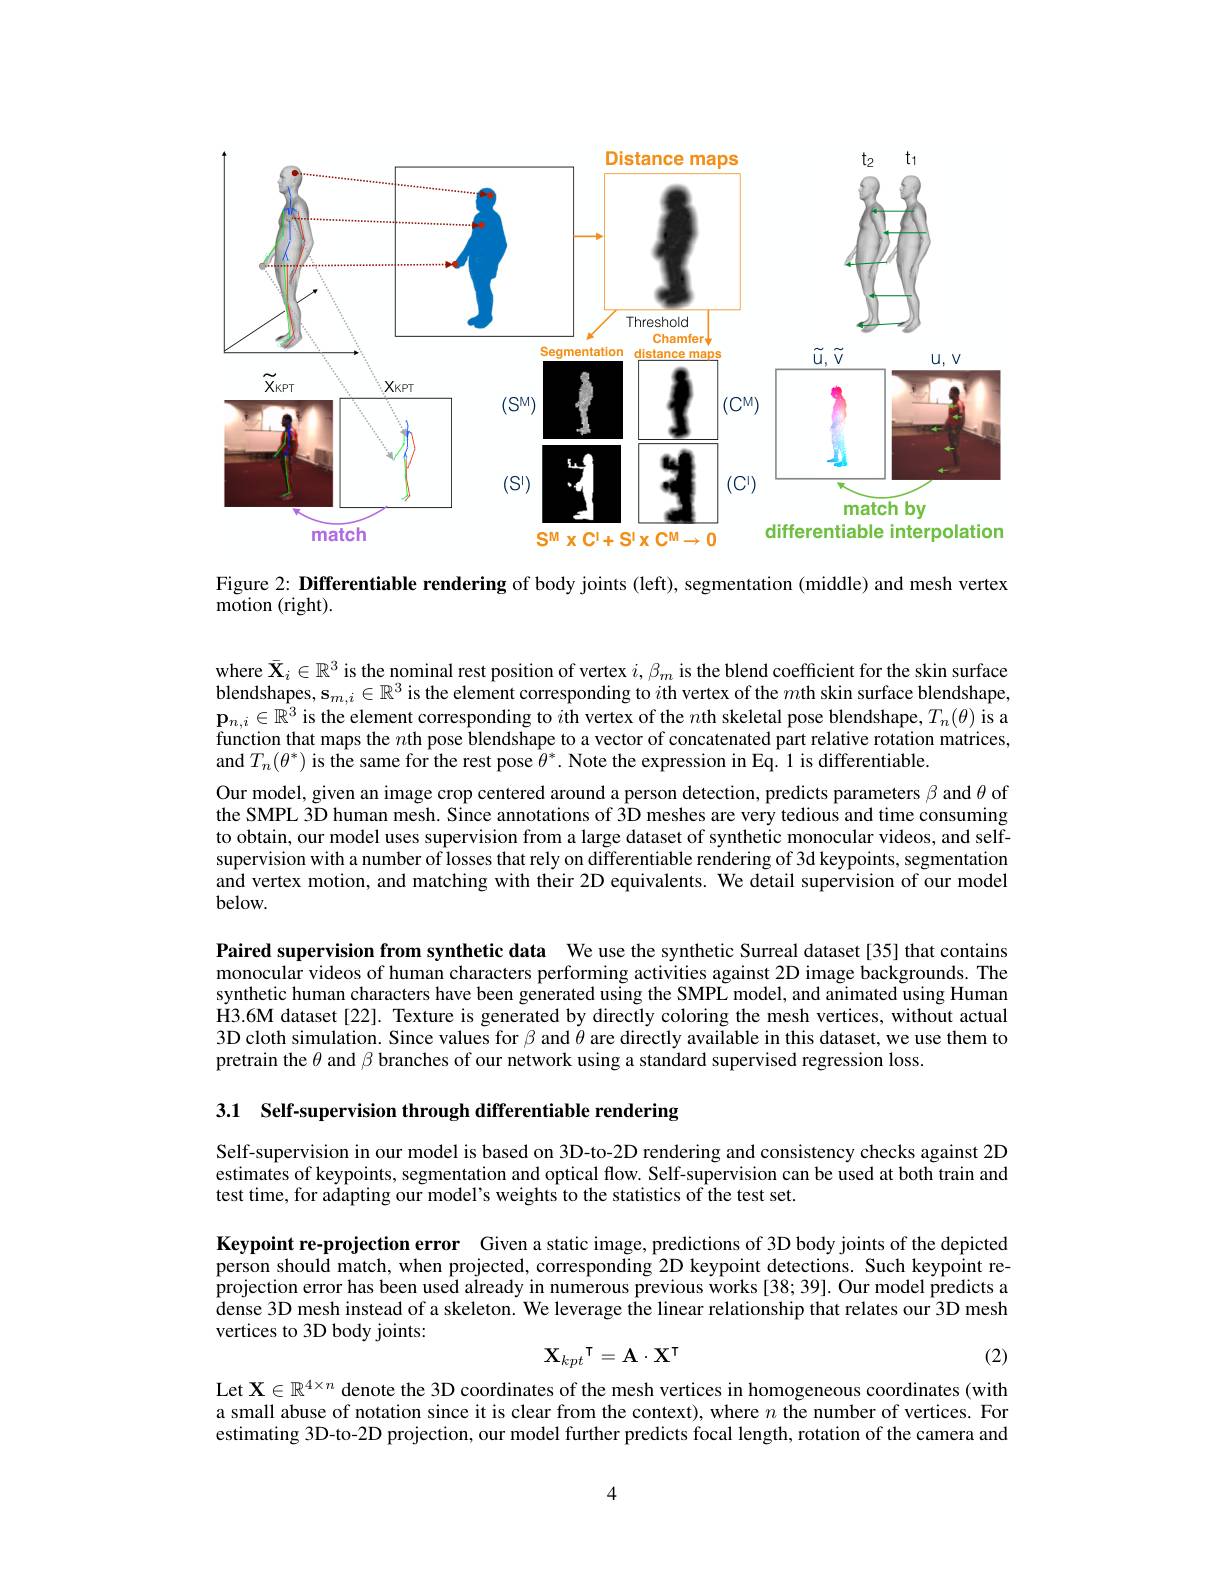
<FigureHere>

Figure 2: Differentiable rendering of body joints (left), segmentation (middle) and mesh vertex

motion (right).

where $\bar{\mathbf{X}}_i\in\mathbb{R}^3$ is the nominal rest position of vertex $i,\beta_m$ is the blend coefficient for the skin surface blendshapes, $\mathbf{s}_m,i\in\mathbb{R}^3\hat{\text{ is the element corresponding to }i\text{th vertex of the }m\text{th skin surface blendshape,}}$ $\mathbf{p}_{n,i}\in\mathbb{R}^3$ is the element corresponding to $i$th vertex of the $n$th skeletal pose blendshape,$T_n(\theta)$ is a function that maps the $n$th pose blendshape to a vector of concatenated part relative rotation matrices, and $T_n(\theta^*)$ is the same for the rest pose $\theta^*.$ Note the expression in Eq. 1 is differentiable
Our model, given an image crop centered around a person detection, predicts parameters $\beta$ and $\theta$ of the SMPL 3D human mesh. Since annotations of 3D meshes are very tedious and time consuming to obtain, our model uses supervision from a large dataset of synthetic monocular videos, and selfsupervision with a number of losses that rely on differentiable rendering of 3d keypoints, segmentation and vertex motion, and matching with their 2D equivalents. We detail supervision of our model $below.$

Paired supervision from synthetic data We use the synthetic Surreal dataset[35] that contains monocular videos of human characters performing activities against 2D image backgrounds. The synthetic human characters have been generated using the SMPL model, and animated using Human H3.6M dataset [22]. Texture is generated by directly coloring the mesh vertices, without actual 3D cloth simulation. Since values for $\beta$ and $\theta$ are directly available in this dataset, we use them to pretrain the $\theta$ and $\beta$ branches of our network using a standard supervised regression loss.

3.1 Self-supervision through differentiable rendering

Self-supervision in our model is based on 3D-to-2D rendering and consistency checks against 2D estimates of keypoints, segmentation and optical flow. Self-supervision can be used at both train and test time, for adapting our model's weights to the statistics of the test set.

Keypoint re-projection error Given a static image, predictions of 3D body joints of the depicted person should match, when projected, corresponding 2D keypoint detections. Such keypoint reprojection error has been used already in numerous previous works [38; 39]. Our model predicts a dense 3D mesh instead of a skeleton. We leverage the linear relationship that relates our 3D mesh vertices to 3D body joints:
$$\mathbf{X}_{kpt}^\intercal=\mathbf{A}\cdot\mathbf{X}^\intercal $$
(2)

Let $\mathbf{X}\in\mathbb{R}^{4\times n}$ denote the 3D coordinates of the mesh vertices in homogeneous coordinates (with a small abuse of notation since it is clear from the context), where $n$ the number of vertices. For estimating 3D-to-2D projection, our model further predicts focal length, rotation of the camera and

4